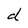
Character: d